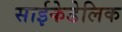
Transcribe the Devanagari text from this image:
साईकेडेलिक